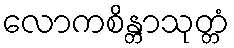
လောကစိန္တာသုတ္တံ